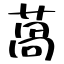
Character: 萵